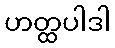
ဟတ္ထပါဒါ